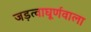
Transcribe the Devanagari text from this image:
जड़त्वाघूर्णवाला